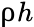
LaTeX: \uprho h